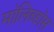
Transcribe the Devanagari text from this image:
मॉलिब्डॉस